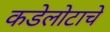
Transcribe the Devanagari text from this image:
कडेलोटाचे